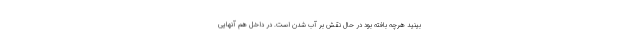
‌بینید هرچه بافته بود در حال نقش بر آب شدن است. در داخل هم آنهایی